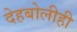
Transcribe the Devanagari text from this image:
देहबोलीही